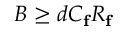
B \geq d C _ { \mathbf { f } } R _ { \mathbf { f } }